Newspaper: The Seattle post-intelligencer. [volume]
Place of publication: Seattle, Wash. Terr. [Wash.]
Publisher: Post-Intelligencer Pub. Co.
Date: 1900-09-02 00:00:00
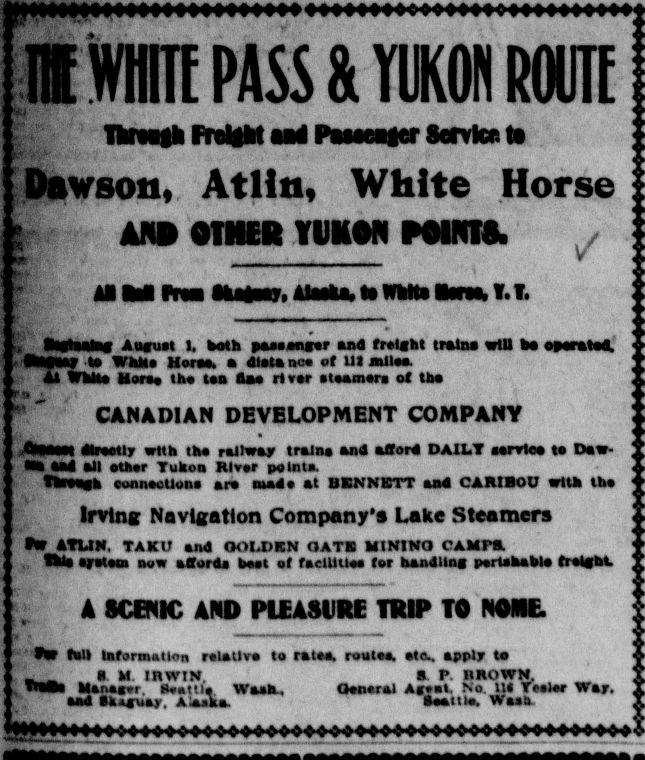
Advertisement text (OCR):
mm PASS & YUKON ROUTE Cf -■ TkrMih Freight ni Piuenier Service t§ Dawson, Atlin, White Horse AA» OTHER YUKON POINTS. * __________ v , B«taate« Atsffuat t, hath pa»*o«**r and froicht train. wtU to wnK •WW to WhMa HorM. a dl.tanc. of U1 jnlloo. It White Hon* tho toa Im riw (tumors of tb. CANADIAN DEVELOPMENT COMPANY Amm (Mroctly with tho railway trains and afford DAILY «onrloo to Daw- Mi aad all Othor Yukon Rlvor point*. tftmwh connection* arc niado at BENNBTT aad CARIBOO with tho Irving Navigation Company'* Lake Steamers Mr ATLIN TAKO and OOLDBN OATS MINING CAMP*. thl. mtw now afford, boot of f.clUtlo* (or handling portahahl. tralffM. A SCENIC AND PLEASURE TRIP TO NONE. Aff Ml Information rolatlvo to rata* route*, ote., apply to - _ • M IRWIN. 8 P BROWN, Manaavt tWttl* Wash., Oonoral A«*at, No U< T*olor War. aad Bk*«\iay. Alaska. *OOlllO. Waab <!>»»« >»><»♦♦♦♦ »»•»♦»
Label: text-only